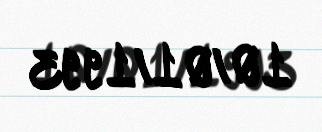
10/01/1993